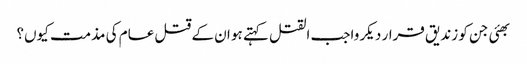
بھئی جن کو زندیق قرار دیکر واجب القتل کہتے ہو ان کے قتل عام کی مذمت کیوں؟